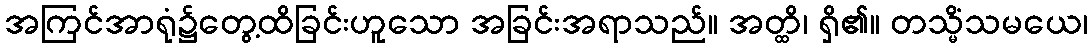
အကြင်အာရုံ၌တွေ့ထိခြင်းဟူသော အခြင်းအရာသည်။ အတ္ထိ၊ ရှိ၏။ တသ္မိံသမယေ၊